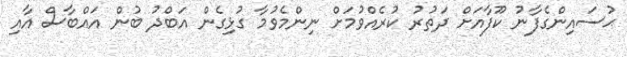
ޙުސައިންގެފާނު ކޫފާއަށް ދަތުރު ކުރެއްވުމަށް ނިންމެވުމާ ގުޅިގެން އަބްދު ބުން އައްބާސް އާއި